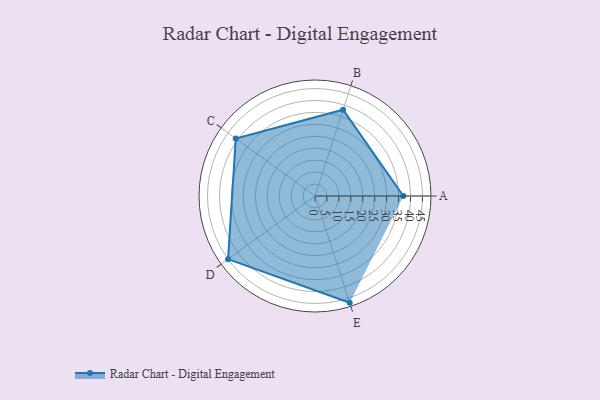
{"axis": {"x": "Skill", "y": "Score"}, "legend": ["Profile"], "data": [{"x": "A", "y": 37.0, "type": "Profile"}, {"x": "B", "y": 38.0, "type": "Profile"}, {"x": "C", "y": 41.0, "type": "Profile"}, {"x": "D", "y": 45.0, "type": "Profile"}, {"x": "E", "y": 47.0, "type": "Profile"}]}